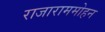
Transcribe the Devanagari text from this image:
राजाराममोहन